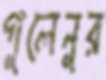
গুলেনুর